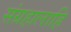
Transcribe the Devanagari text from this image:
संग्रहालाहि